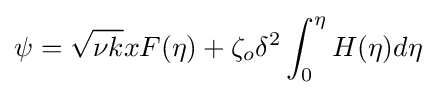
\psi ={\sqrt {\nu k}}xF(\eta )+\zeta _{o}\delta ^{2}\int _{0}^{\eta }H(\eta )d\eta